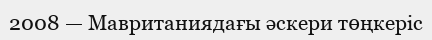
2008 — Мавританиядағы әскери төңкеріс